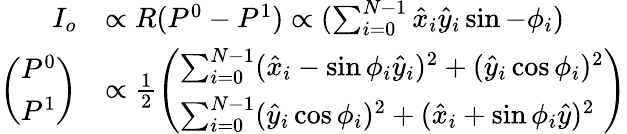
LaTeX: \begin{array}{rl}{I_{o}}&{\propto R(P^{0}-P^{1})\propto(\sum_{i=0}^{N-1}\hat{x}_{i}\hat{y}_{i}\sin-\phi_{i})}\\ {\left(\begin{array}{l}{P^{0}}\\ {P^{1}}\end{array}\right)}&{\propto\frac{1}{2}\left(\begin{array}{l}{\sum_{i=0}^{N-1}(\hat{x}_{i}-\sin\phi_{i}\hat{y}_{i})^{2}+(\hat{y}_{i}\cos\phi_{i})^{2}}\\ {\sum_{i=0}^{N-1}(\hat{y}_{i}\cos\phi_{i})^{2}+(\hat{x}_{i}+\sin\phi_{i}\hat{y})^{2}}\end{array}\right)}\end{array}